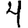
Digit: 4